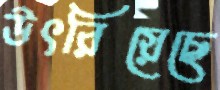
উৎরিয়েছে